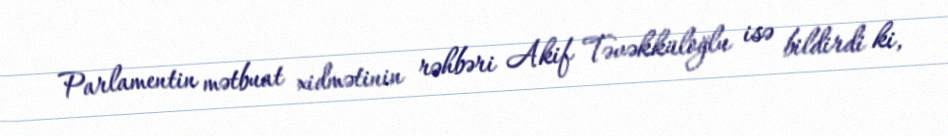
Parlamentin mətbuat xidmətinin rəhbəri Akif Təvəkküloğlu isə bildirdi ki,